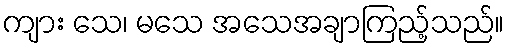
ကျား သေ၊ မသေ အသေအချာကြည့်သည်။